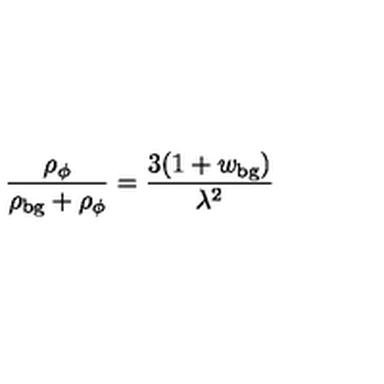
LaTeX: \frac { \rho _ { \phi } } { \rho _ { \mathrm { b g } } + \rho _ { \phi } } = \frac { 3 ( 1 + w _ { \mathrm { b g } } ) } { \lambda ^ { 2 } }